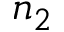
n _ { 2 }